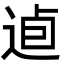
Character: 逌